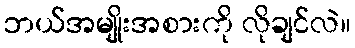
ဘယ်အမျိုးအစားကို လိုချင်လဲ။